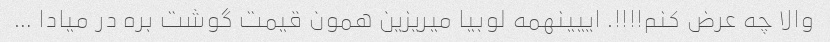
والا چه عرض کنم!!!!. اییینهمه لوبیا میریزین همون قیمت گوشت بره در میادا …